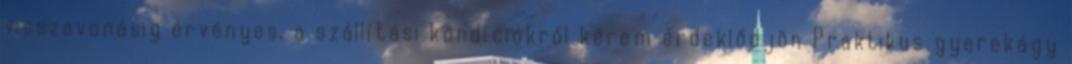
visszavonásig érvényes, a szállítási kondíciókról kérem érdeklődjön Praktikus gyerekágy